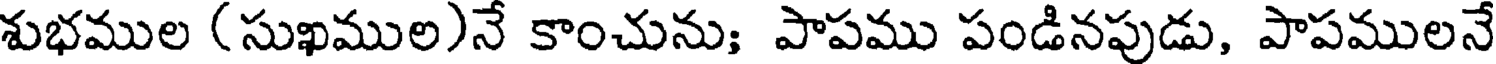
శుభముల (సుఖముల)నే కాంచును; పాపము పండినపుడు, పాపములనే